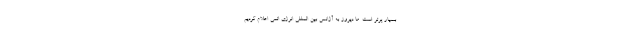
بسیار پرتر است. ما دیروز به آژانس بین المللی انرژی اتمی اعلام کردیم